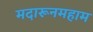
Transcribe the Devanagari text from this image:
मदारूनमहाम